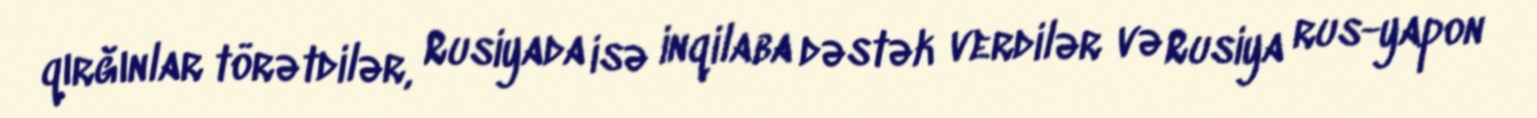
qırğınlar törətdilər, Rusiyada isə inqilaba dəstək verdilər və Rusiya rus-yapon